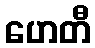
ဟေတီ